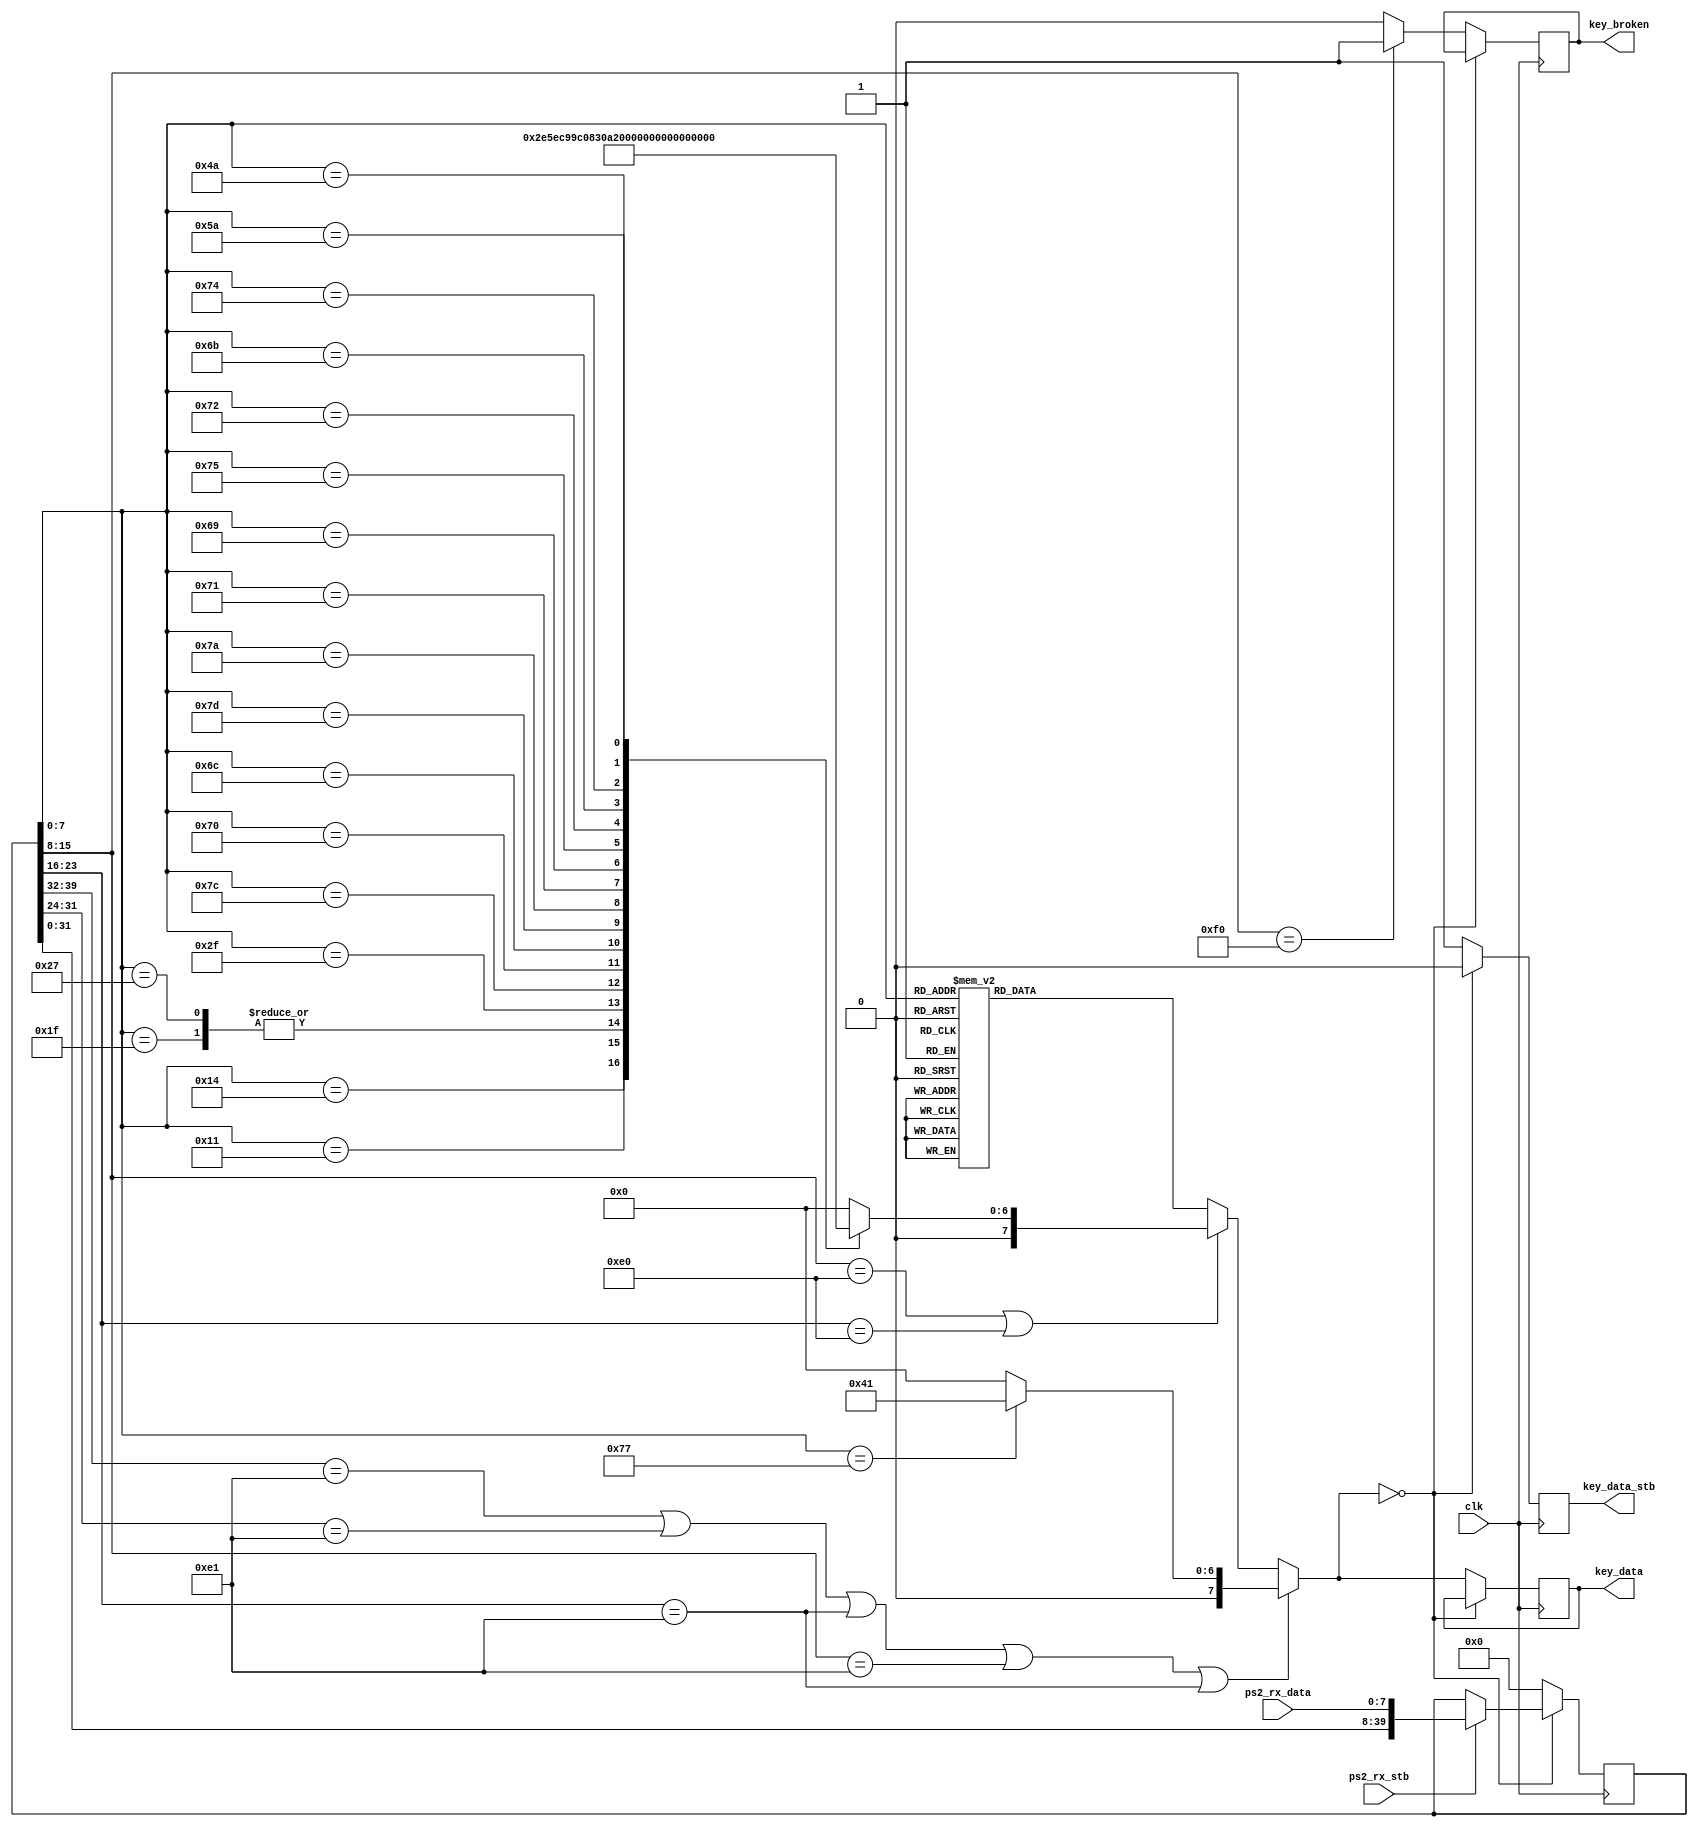
`timescale 1ns / 1ps
//Converts PS/2 scancodes into a simple keycode for easier consumption.
module scancodeConverter(
	input clk,
	input ps2_rx_stb, //Should come from the ps2Listener module
	input [7:0] ps2_rx_data, //Should come from the ps2Listener module
	output reg [7:0] key_data = 0, //Generated keycode, valid when key_data_stb is high
	output reg key_broken = 0, //High if the generated keycode is the result of a key being released, valid when key_data_stb is also high
	output reg key_data_stb = 0 //High for one clock cycle when a new keycode is ready
);

reg [39:0] scancode_buffer = 48'b0;
reg [7:0] keycode = 0;
wire keycode_is_brk;

always @(posedge clk) begin
	if (ps2_rx_stb) scancode_buffer <= {scancode_buffer[39:0], ps2_rx_data}; //Shift scancodes in from the right
	if (keycode == 0) begin
		key_data_stb <= 1'b0;
	end else begin
		scancode_buffer <= 0;
		key_broken <= keycode_is_brk;
		key_data <= keycode;
		key_data_stb <= 1'b1;
	end
end

//Continuously checks the buffer for the breakcode indicator
assign keycode_is_brk = (scancode_buffer[15:8] == 8'hF0) ? 1'b1 : 1'b0;

//Continuously checks the buffer for a valid scancode
always @* begin
	if (scancode_buffer[39:32] == 8'hE1 || scancode_buffer[31:24] == 8'hE1 || scancode_buffer[23:16] == 8'hE1 || scancode_buffer[15:8] == 8'hE1 || scancode_buffer[23:16] == 8'hE1)
	case(scancode_buffer[7:0]) //Decoder just for PAUSE/BREAK, because it has a very different scancode
		8'h77: keycode = 8'h41; 	//'PAU/BK' key, 41
		default: keycode = 8'h00;
	endcase
	else
	if (scancode_buffer[15:8] == 8'hE0 || scancode_buffer[23:16] == 8'hE0)
	case(scancode_buffer[7:0]) //Decoder for E0-prefixed scancodes
		8'h14: keycode = 8'h2E; 	//'RCTRL ' key, 2E (Shared by LCTRL)
		8'h11: keycode = 8'h2F; 	//' RALT ' key, 2F (Shared by LALT)
		//LWIN and RWIN share keycode 32
		8'h1F: keycode = 8'h32; 	//' LWIN ' key, 32
		8'h27: keycode = 8'h32; 	//' RWIN ' key, 32
		8'h2F: keycode = 8'h33; 	//' MENU ' key, 33
		8'h7C: keycode = 8'h40;		//'PRNTSC' key, 40
		//Control keys (INSERT, HOME, PGUP, PGDN, DELETE, END, UDLR ARROWS)
		8'h70: keycode = 8'h41;		//'INSERT' key, 42
		8'h6C: keycode = 8'h42;		//' HOME ' key, 43
		8'h7D: keycode = 8'h43;		//' PGUP ' key, 44
		8'h7A: keycode = 8'h44;		//' PGDN ' key, 45
		8'h71: keycode = 8'h45;		//'DELETE' key, 46
		8'h69: keycode = 8'h46;		//' END  ' key, 47
		8'h75: keycode = 8'h47;		//'UARROW' key, 48
		8'h72: keycode = 8'h48;		//'DARROW' key, 49
		8'h6B: keycode = 8'h49;		//'LARROW' key, 4A
		8'h74: keycode = 8'h4A;		//'RARROW' key, 4B
		//Keypad keys
		8'h4A: keycode = 8'h59;		//'KP /  ' key, 59
		8'h5A: keycode = 8'h30;		//'KP ENT' key, 30
		default: keycode = 8'h00;
	endcase
	else
	case(scancode_buffer[7:0]) //Decoder for non-prefixed scancodes
		//A-Z letter keys
		8'h1C: keycode = 8'h01;	//'a -> A' key, 1
		8'h32: keycode = 8'h02;	//'b -> B' key, 2
		8'h21: keycode = 8'h03;	//'c -> C' key, 3
		8'h23: keycode = 8'h04;	//'d -> D' key, 4
		8'h24: keycode = 8'h05;	//'e -> E' key, 5
		8'h2B: keycode = 8'h06;	//'f -> F' key, 6
		8'h34: keycode = 8'h07;	//'g -> G' key, 7
		8'h33: keycode = 8'h08; //'h -> H' key, 8
		8'h43: keycode = 8'h09; //'i -> I' key, 9
		8'h3B: keycode = 8'h0A; //'j -> J' key, A
		8'h42: keycode = 8'h0B; //'k -> K' key, B
		8'h4B: keycode = 8'h0C; //'l -> L' key, C
		8'h3A: keycode = 8'h0D; //'m -> M' key, D
		8'h31: keycode = 8'h0E; //'n -> N' key, E
		8'h44: keycode = 8'h0F; //'o -> O' key, F
		8'h4D: keycode = 8'h10; //'p -> P' key, 10
		8'h15: keycode = 8'h11; //'q -> Q' key, 11
		8'h2D: keycode = 8'h12; //'r -> R' key, 12
		8'h1B: keycode = 8'h13; //'s -> S' key, 13
		8'h2C: keycode = 8'h14; //'t -> T' key, 14
		8'h3C: keycode = 8'h15; //'u -> U' key, 15
		8'h2A: keycode = 8'h16; //'v -> V' key, 16
		8'h1D: keycode = 8'h17; //'w -> W' key, 17
		8'h22: keycode = 8'h18; //'x -> X' key, 18
		8'h35: keycode = 8'h19; //'y -> Y' key, 19
		8'h1A: keycode = 8'h1A; //'z -> Z' key, 1A
		//number keys (0-9, `~, -_, =+, \|, BKSP)
		8'h70, //KP 0
		8'h45: keycode = 8'h1B; //'0 -> )' key, 1B
		8'h69, //KP 1
		8'h16: keycode = 8'h1C; //'1 -> !' key, 1C
		8'h72, //KP 2
		8'h1E: keycode = 8'h1D; //'2 -> @' key, 1D
		8'h7A, //KP 3
		8'h26: keycode = 8'h1E; //'3 -> #' key, 1E
		8'h6B, //KP 4
		8'h25: keycode = 8'h1F; //'4 -> $' key, 1F
		8'h73, //KP 5
		8'h2E: keycode = 8'h20; //'5 -> %' key, 20
		8'h74, //KP 6
		8'h36: keycode = 8'h21; //'6 -> ^' key, 21
		8'h6C, //KP 7
		8'h3D: keycode = 8'h22; //'7 -> &' key, 22
		8'h75, //KP 8
		8'h3E: keycode = 8'h23; //'8 -> *' key, 23
		8'h7D, //KP 9
		8'h46: keycode = 8'h24; //'9 -> (' key, 24
		8'h0E: keycode = 8'h25; //'` -> ~' key, 25
		8'h4E: keycode = 8'h26; //'- -> _' key, 26
		8'h55: keycode = 8'h27; //'= -> +' key, 27
		8'h5D: keycode = 8'h28; //'\ -> |' key, 28
		8'h66: keycode = 8'h29; //' BKSP ' key, 29
		//Control keys (SPACE, TAB, CAPS, SHIFT, CTRL, WIN, ALT, MENU, F0-F12, SCRLOCK, NUMLOCK)
		8'h29: keycode = 8'h2A; //'SPACE ' key, 2A
		8'h0D: keycode = 8'h2B; //' TAB  ' key, 2B
		8'h58: keycode = 8'h2C; //' CAPS ' key, 2C
		//LSHIFT and RSHIFT share keycode 2D
		8'h12: keycode = 8'h2D; //'LSHIFT' key, 2D
		8'h59: keycode = 8'h2D; //'RSHIFT' key, 2D
		8'h14: keycode = 8'h2E; //'LCTRL ' key, 2E (Shared by RCTRL)
		8'h11: keycode = 8'h2F; //' LALT ' key, 2F (Shared by RALT)
		8'h5A: keycode = 8'h30; //'ENTER ' key, 30
		8'h76: keycode = 8'h31; //' ESC  ' key, 31
		8'h05: keycode = 8'h34; //'  F1  ' key, 34
		8'h06: keycode = 8'h35; //'  F2  ' key, 35
		8'h04: keycode = 8'h36; //'  F3  ' key, 36
		8'h0C: keycode = 8'h37; //'  F4  ' key, 37
		8'h03: keycode = 8'h38; //'  F5  ' key, 38
		8'h0B: keycode = 8'h39; //'  F6  ' key, 39
		8'h83: keycode = 8'h3A; //'  F7  ' key, 3A
		8'h0A: keycode = 8'h3B; //'  F8  ' key, 3B
		8'h01: keycode = 8'h3C; //'  F9  ' key, 3C
		8'h09: keycode = 8'h3D; //'  F10 ' key, 3D
		8'h78: keycode = 8'h3E; //'  F11 ' key, 3E
		8'h07: keycode = 8'h3F; //'  F12 ' key, 3F
		8'h7E: keycode = 8'h4C; //'SCRLOCK' key, 4C
		8'h77: keycode = 8'h4D; //'NUMLOCK' key, 4D
		//Punctuation keys ([, ], ;, ', ,, ., /)
		8'h54: keycode = 8'h4E; //'   [   ' key, 4E
		8'h5B: keycode = 8'h4F; //'   ]   ' key, 4F
		8'h4C: keycode = 8'h50; //'   ;   ' key, 50
		8'h52: keycode = 8'h51; //'   '   ' key, 51
		8'h41: keycode = 8'h52; //'   ,   ' key, 52
		8'h49: keycode = 8'h53; //'   .   ' key, 53
		8'h4A: keycode = 8'h54; //'   /   ' key, 54
		//Keypad keys (KP *, KP -, KP +, KP .)
		8'h7C: keycode = 8'h55; //' KP *  ' key, 55
		8'h7B: keycode = 8'h56; //' KP -	 ' key, 56
		8'h79: keycode = 8'h57; //' KP +  ' key, 57
		8'h71: keycode = 8'h58; //' KP .  ' key, 58
		default: keycode = 8'h00;
	endcase
end



endmodule